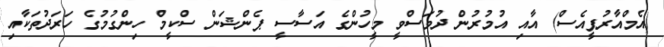
(އެމްއާރުޕީއެސް) އާއި އުމުރުން ދުވަސްވީ މީހުންގެ އަސާސީ ޕެންޝަން ސްކީމް ހިންގުމުގެ ހަރަދުތަކާއި